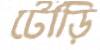
টৌড়ি